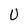
Character: U